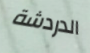
الدردشة